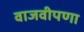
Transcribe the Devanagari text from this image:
वाजवीपणा